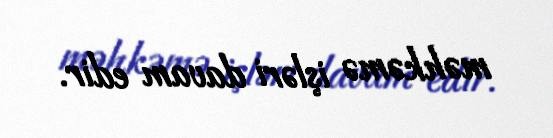
məhkəmə işləri davam edir.